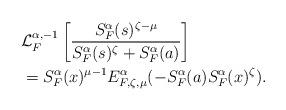
LaTeX: \begin{align*} & \mathcal{L}_{F}^{\alpha,-1}\left[\frac{S_{F}^{\alpha}(s)^{\zeta-\mu}}{S_{F}^{\alpha}(s)^{\zeta}+S_{F}^{\alpha}(a)}\right]\\&= S_{F}^{\alpha}(x)^{\mu-1}E_{F,\zeta,\mu}^{\alpha}(-S_{F}^{\alpha}(a)S_{F}^{\alpha}(x)^{\zeta}). \end{align*}